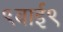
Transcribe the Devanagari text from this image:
९बाई९